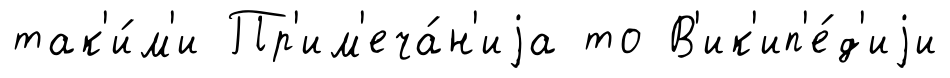
так'и́м'и Пр'им'еча́н'иjа то В'ик'ип'е́д'иjи